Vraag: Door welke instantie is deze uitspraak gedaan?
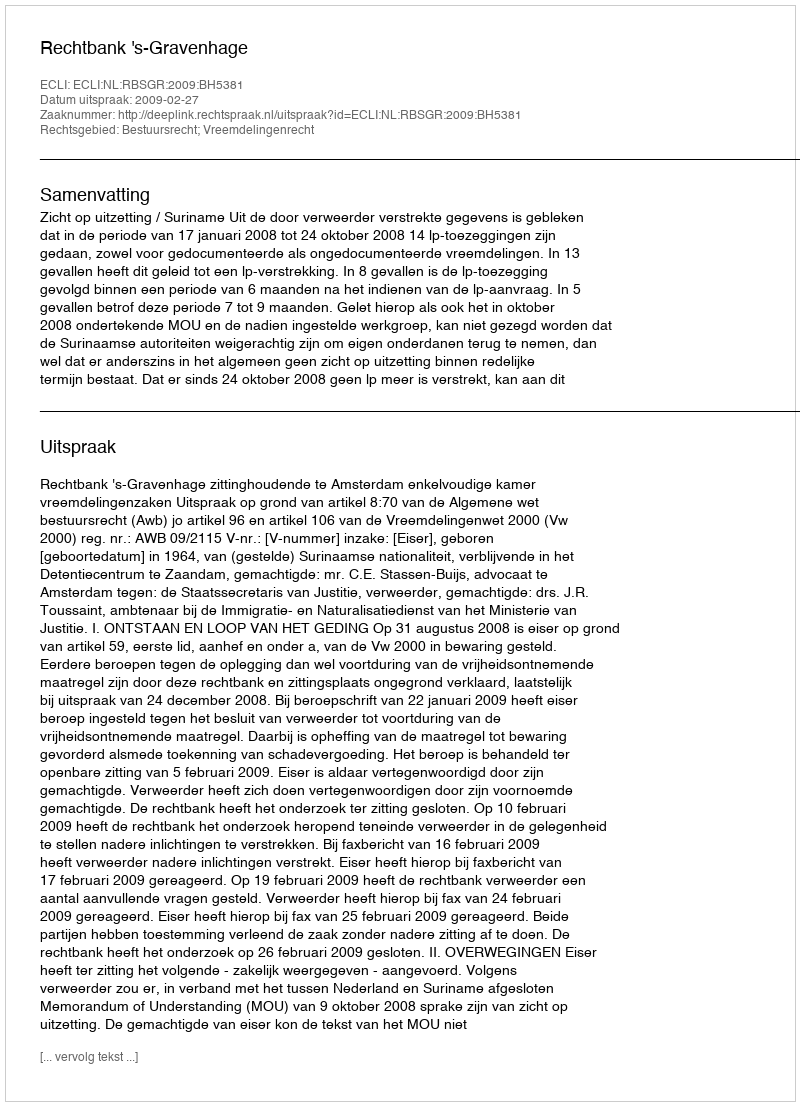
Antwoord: Rechtbank 's-Gravenhage